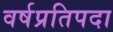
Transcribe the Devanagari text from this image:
वर्षप्रतिपदा